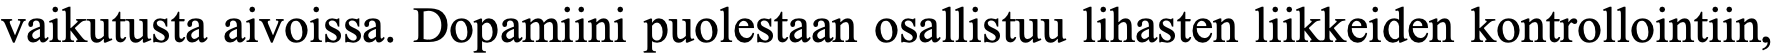
vaikutusta aivoissa. Dopamiini puolestaan osallistuu lihasten liikkeiden kontrollointiin,